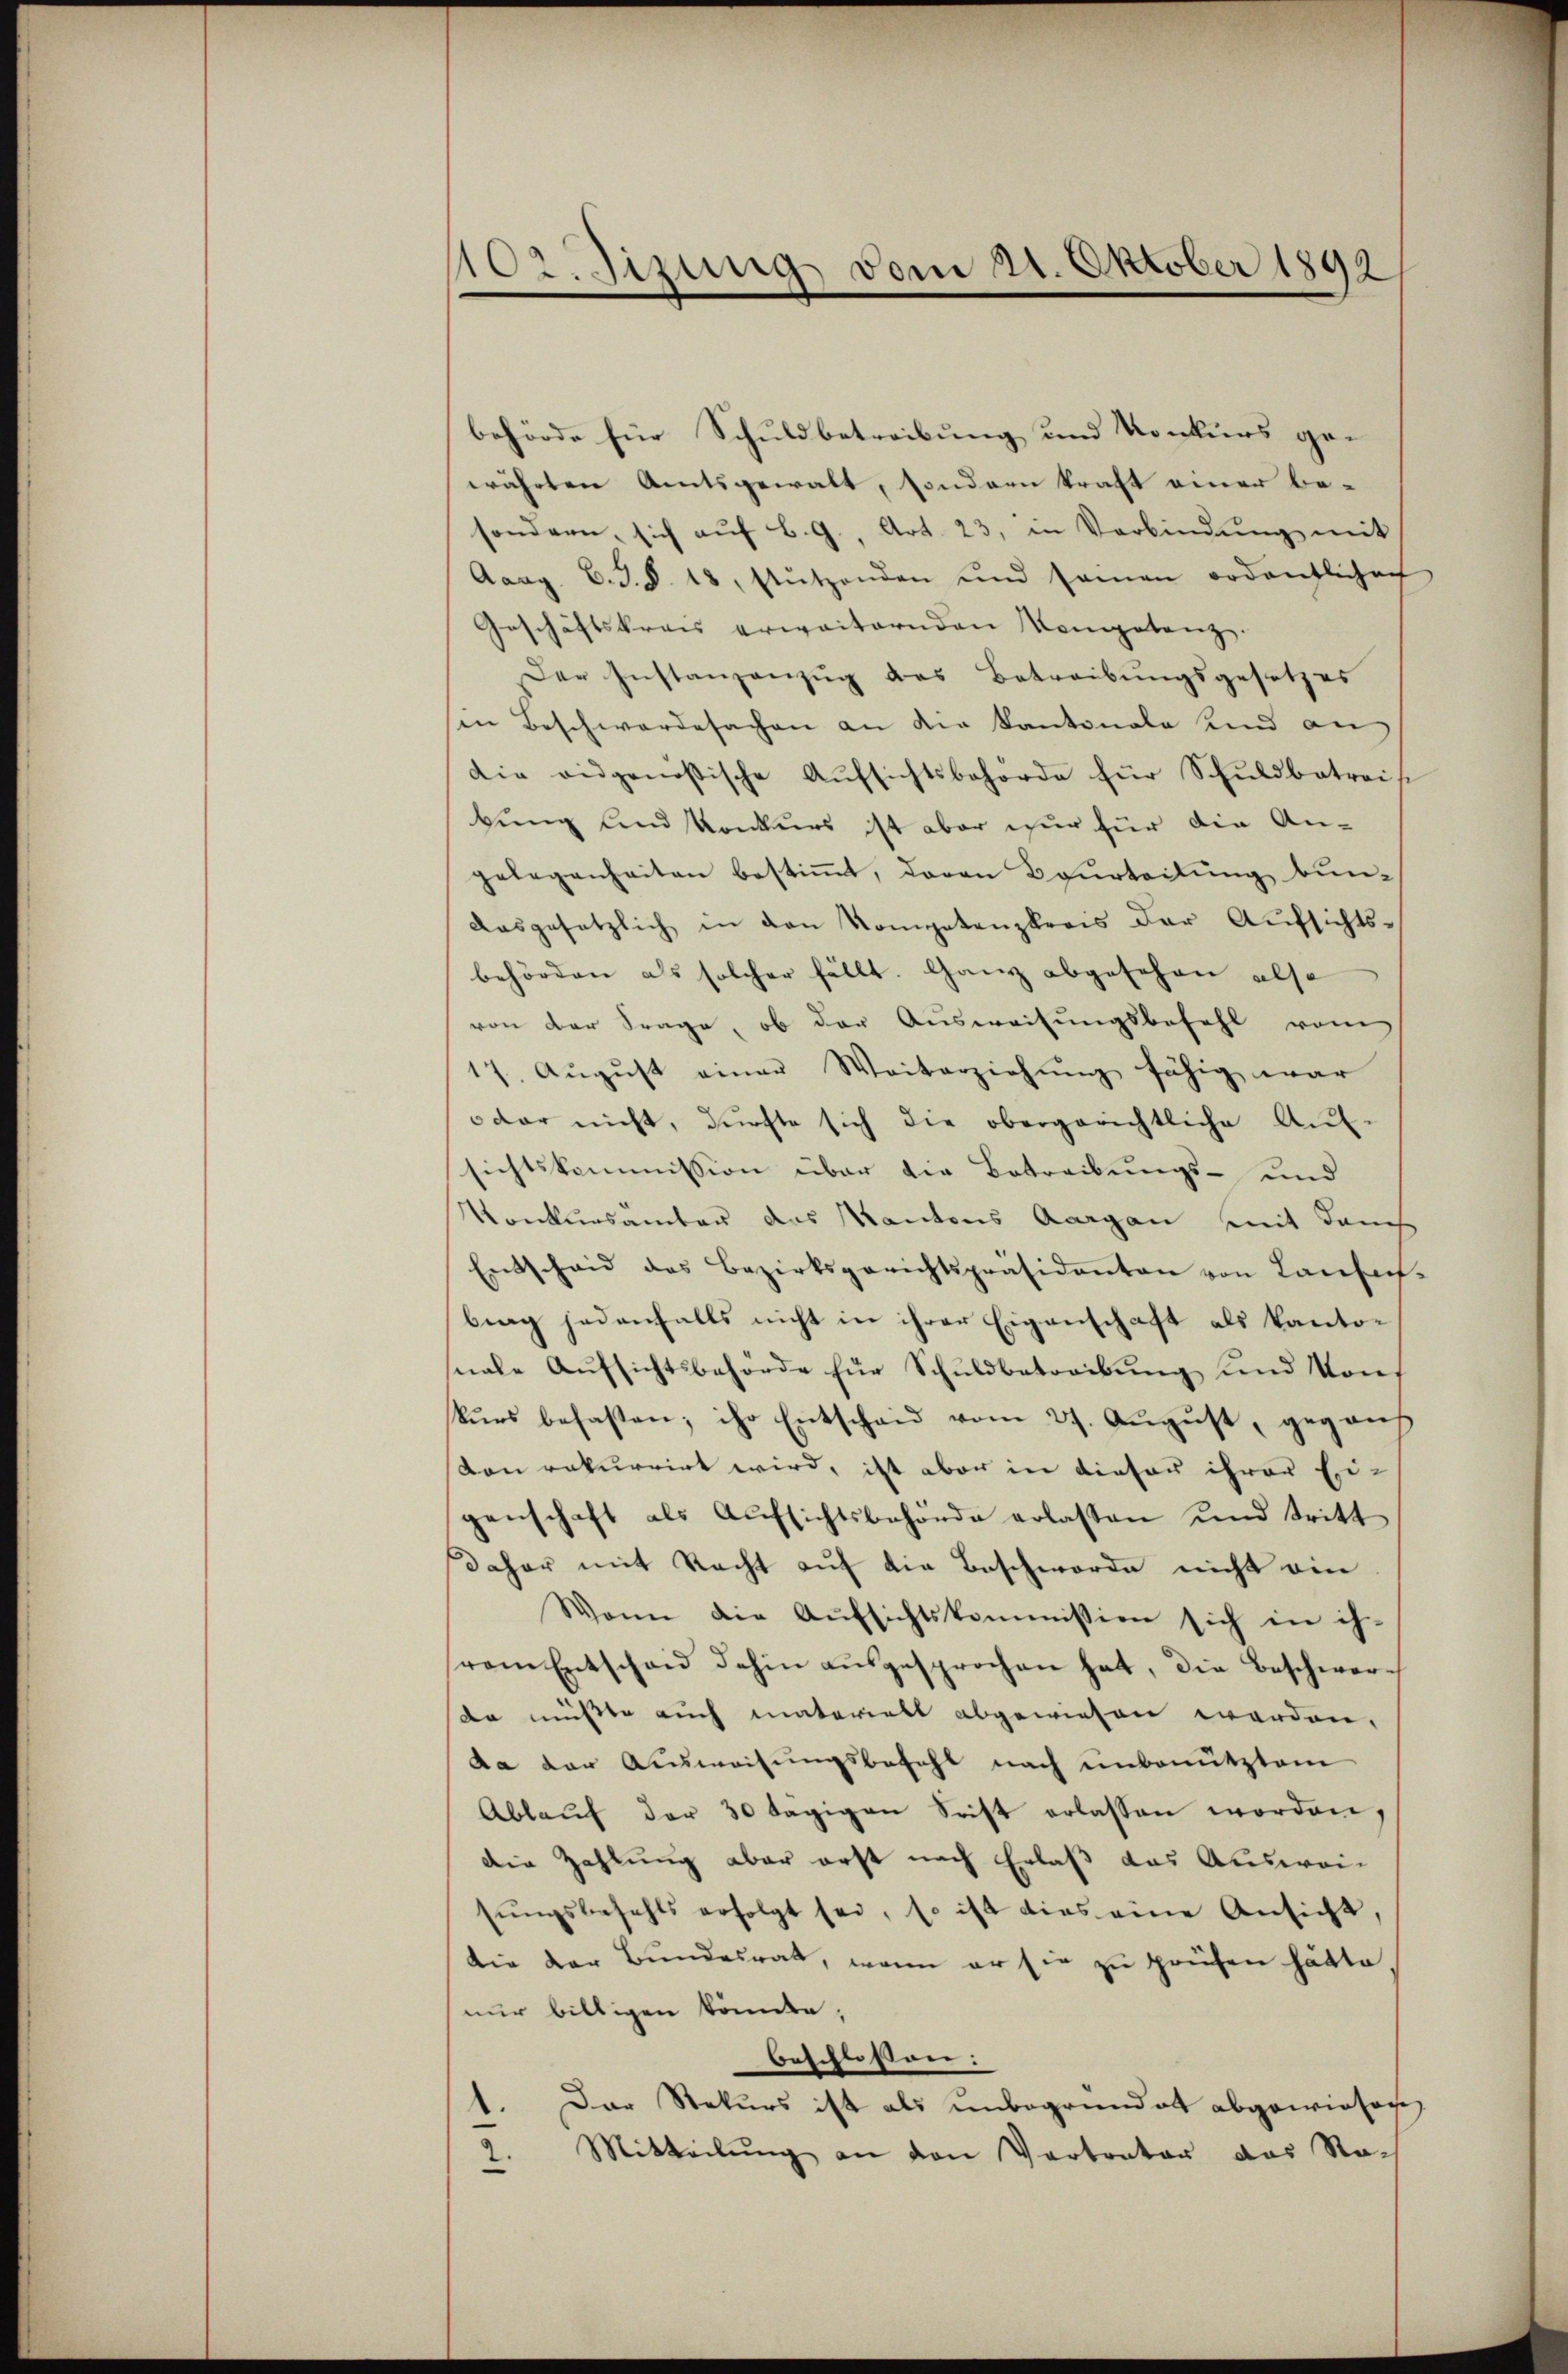
102. Sizung vom 21. Oktober 1892

behörde für Schuldbetreibung und Konkurs ge-
währten Amtsgewalt, sondern kraft einer be-
sondern, sich auf B. G., Art. 23, in Verbindung mit
Aaag. C. J. S. 18. stützenden und samen ordentliche
Geschäftskrais erweiternden Kompetenz.
Der Instanzanzŭg des Betreibungsgesetzes
in Beschwerdesachen an die Kantonale und an
die eidgenössische Aŭfsichtsbehörde für Schŭldbetreit
bung und Konkurs ist aber nur für die An-
gelegenheiten bestimmt, davon Beurteilung bun-
dasgesetzlich in den Kompetenzkreis der Aufsichts-
behörden als solcher fällt. Ganz abgesehen also
von der Frage, ob der Ausweisungsbefehl vom
17. Aŭgŭst einer Weiterziehŭng fähig war
dar nicht, dürfte sich die obergerichtliche Auf-
sichtskommission über die Betreibŭngs- und
Konkursämter des Kantons Aargau mit danch
Entschaid des Bezirksgerichtspräsidenten von Lausar-
brang jedenfalls nicht in ihrer Eigenschaft als kantonale Aufsichtsbehörde für Schuldbetreibung und Von
kŭrs befasten; ihr Entschaid vom 27. Aŭgŭst, gegens
von rekurrirt wird, ist aber in dieser ihrer Eigenschaft als Aufsichtsbehörde erlassen und tritt
daher mit Recht auf die Beschwerde nicht ein
Wann die Aŭfsichtskommission sich in ih-
vem Entschend dahin aŭsgesprochen hat, die Beschwerda müsste auch materielt abgewiesen worden,
da der Ausweisungsbefehl nach unbenutztem
Ablaŭf der 30 tägigen Frist erlassen worden,
die Zahlung aber erst nach Erlaß das Ausweisŭngsbefehls erfolgt sei, so ist dies eine Ansicht,
Die der Bundesrat, wenn er sie zu prüfen hätte
nur billigen könnte,
beschlossen:
.
Der Rekurs ist als unbegründet abgewiesen,
Mitteilung an den Vertrator das Nach
e
e